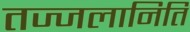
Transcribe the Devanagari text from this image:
तज्जलानिति